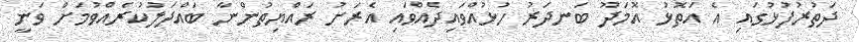
ދަތުރުފުޅުގައި އެ އަތޮޅު އޮމަދޫ ބަނދަރު ހުޅުއްވައިދެއްވައި އެރަށު ރައްޔިތުންނާ ބައްދަލުކުރެއްވުމަށް ވަނީ